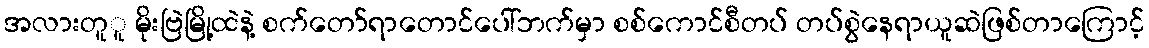
အလားတူူ မိုးဗြဲမြို့ထဲနဲ့ စက်တော်ရာတောင်ပေါ်ဘက်မှာ စစ်ကောင်စီတပ် တပ်စွဲနေရာယူဆဲဖြစ်တာကြောင့်